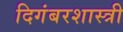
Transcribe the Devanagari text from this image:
दिगंबरशास्त्री